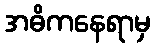
အဓိကနေရာမှ